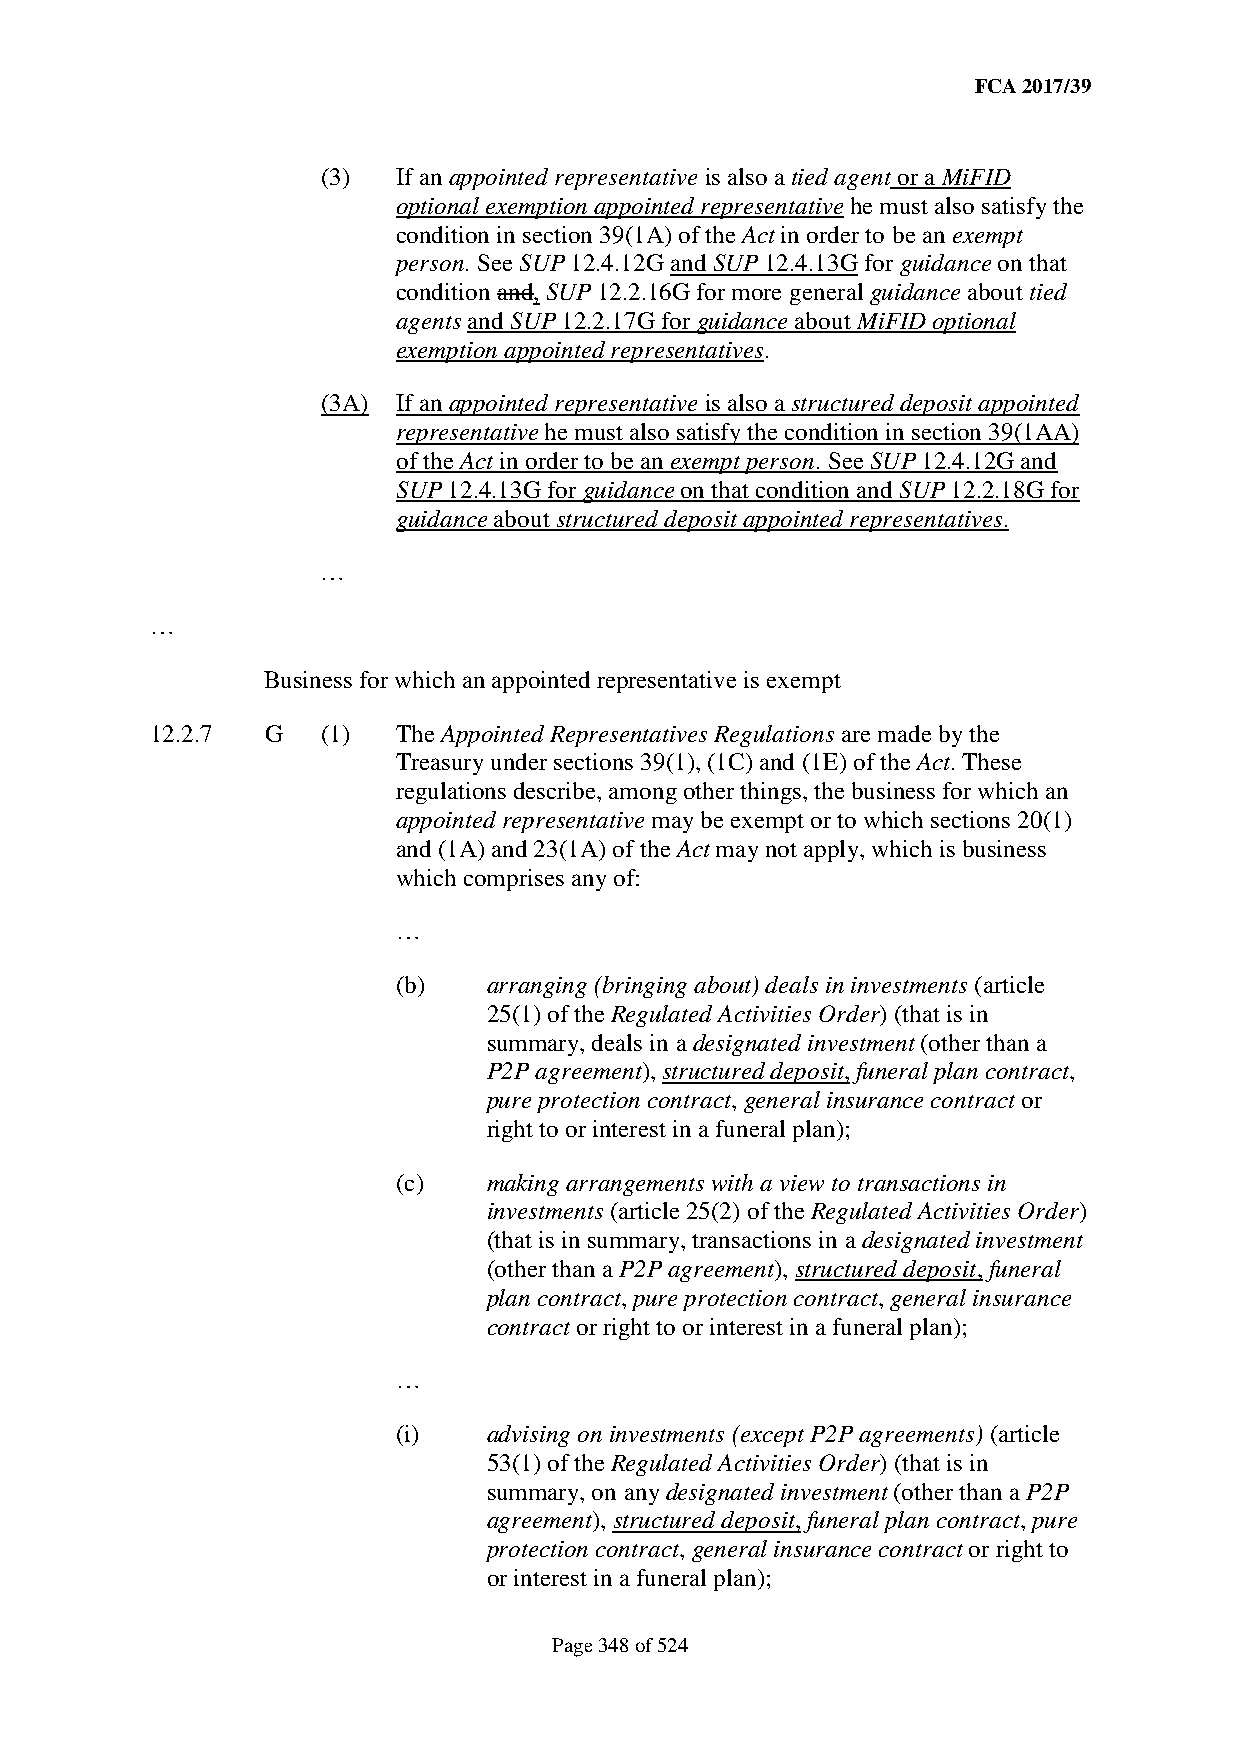
FCA 2017/39
 (3)  If an appointed representative is also a tied agent or a MiFID
 optional exemption appointed representative he must also satisfy the
 condition in section 39(1A) of the Act in order to be an exempt
 person. See SUP 12.4.12G and SUP 12.4.13G for guidance on that
 condition and, SUP 12.2.16G for more general guidance about tied
 agents and SUP 12.2.17G for guidance about MiFID optional
 exemption appointed representatives.
 (3A) If an appointed representative is also a structured deposit appointed
 representative he must also satisfy the condition in section 39(1AA)
 of the Act in order to be an exempt person. See SUP 12.4.12G and
 SUP 12.4.13G for guidance on that condition and SUP 12.2.18G for
 guidance about structured deposit appointed representatives.
 …
 …
 Business for which an appointed representative is exempt
 12.2.7  G  (1)  The Appointed Representatives Regulations are made by the
 Treasury under sections 39(1), (1C) and (1E) of the Act. These
 regulations describe, among other things, the business for which an
 appointed representative may be exempt or to which sections 20(1)
 and (1A) and 23(1A) of the Act may not apply, which is business
 which comprises any of:
 …
 (b)   arranging (bringing about) deals in investments (article
 25(1) of the Regulated Activities Order) (that is in
 summary, deals in a designated investment (other than a
 P2P agreement), structured deposit, funeral plan contract,
 pure protection contract, general insurance contract or
 right to or interest in a funeral plan);
 (c)   making arrangements with a view to transactions in
 investments (article 25(2) of the Regulated Activities Order)
 (that is in summary, transactions in a designated investment
 (other than a P2P agreement), structured deposit, funeral
 plan contract, pure protection contract, general insurance
 contract or right to or interest in a funeral plan);
 …
 (i)   advising on investments (except P2P agreements) (article
 53(1) of the Regulated Activities Order) (that is in
 summary, on any designated investment (other than a P2P
 agreement), structured deposit, funeral plan contract, pure
 protection contract, general insurance contract or right to
 or interest in a funeral plan);
 Page 348 of 524